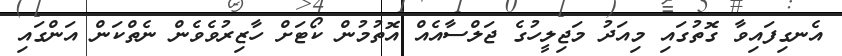
އެނގިފައިވާ ގޮތުގައި މިއަދު މަޖިލީހުގެ ޖަލްސާއެއް އޮތުމުން ކޯޓަށް ހާޒިރުވެވެން ނެތްކަން އަންގައި